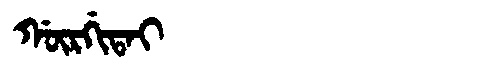
Manchu: ᡤᡡᡵᡤᡳᡨᠠᡳ
Romanization: GŪRGITAI